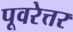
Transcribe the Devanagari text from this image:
पूवरेत्तर